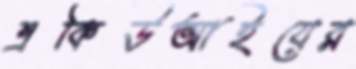
একিউআইয়ের